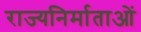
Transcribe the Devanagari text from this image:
राज्यनिर्माताओं